system: You are a helpful assistant.
user:
Analyze the provided spectrum to determine if it is a **"Cataclysmic Variables (CV)"**.

- **Key Indicators for CV (Check for either state):**
    - **State 1: Quiescent / Low-State (Emission-Dominated)**
        - **(Primary):** Strong and *very broad* Hydrogen Balmer emission lines (e.g., $H\alpha$ at 6563 Å, $H\beta$ at 4861 Å). The 'broadness' (high velocity dispersion, often FWHM > 1000 km/s) is the key diagnostic, indicating a high-velocity accretion disk.
        - **(Secondary):** Broad neutral Helium (He I) emission lines (e.g., 5876 Å, 6678 Å).
        - **(Key Confirmation):** Presence of high-excitation *ionized* Helium (He II) emission at 4686 Å. This is a strong indicator of accretion onto a white dwarf.
        - **(Line Profile):** Emission lines may exhibit a 'double-peaked' profile, which is a classic signature of a rotating accretion disk viewed at high inclination.

    - **State 2: Outburst / High-State (Absorption-Dominated)**
        - **(Primary):** Spectrum is dominated by a bright, blue continuum (looks like a hot star).
        - **(Secondary):** The emission lines from State 1 are weak, absent, or 'filled in', and are replaced by broad, shallow *absorption* lines (primarily Balmer and He I).
        - **(Morphology):** The overall spectrum mimics a hot B/A-type star. The crucial difference is that the absorption lines are significantly broader, shallower, and more 'washed-out' (or 'smeared') than the sharp lines of a normal stellar photosphere, due to high rotational speeds and pressure broadening in the disk.

Think first, call **spectral_visualization_tool** if needed to examine features in detail, then provide your final answer. Your response must adhere to the following strict rules:
1.  **Overall Structure:** Your response must follow the format `<think>...</think> <tool_call>...</tool_call> (if a tool is used) <answer>...</answer>`.
2.  **Tool Usage Constraint:** You may only make **one** tool call per turn.
3.  **Final Answer Format:** In the `<answer>` tag, your conclusion must be inside a `\boxed{}` command (e.g., `\boxed{YES}`), followed by your justification.

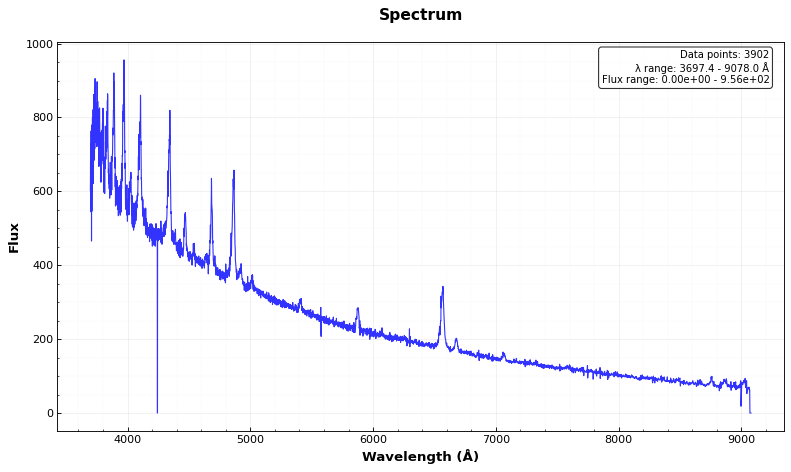
Answer: YES